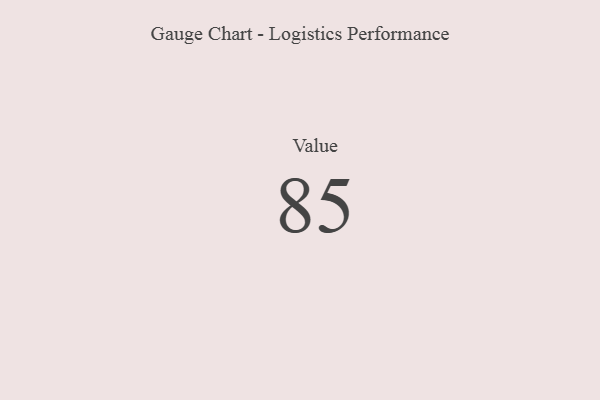
{"axis": {"x": "Metric", "y": "Value"}, "legend": [""], "data": [{"x": "Value", "y": 85, "type": ""}]}